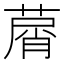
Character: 𦵱